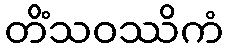
တိံသဝဿိကံ